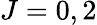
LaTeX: J=0,2